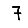
Digit: 7